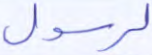
لرسول